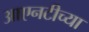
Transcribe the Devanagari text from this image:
आएनटीच्या